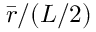
\bar { r } / ( L / 2 )